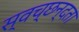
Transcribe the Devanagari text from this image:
स्‍वच्‍छन्‍दता